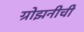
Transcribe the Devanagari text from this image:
ग्रोझनीची